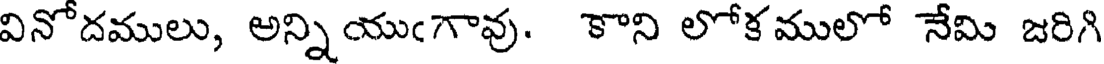
వినోదములు, అన్నియుఁగావు. కాని లోకములో నేమి జరిగి